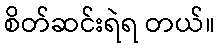
စိတ်ဆင်းရဲရ တယ်။